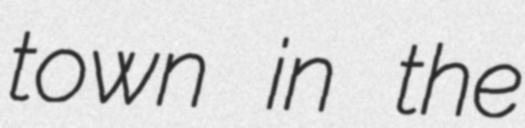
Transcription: town in the